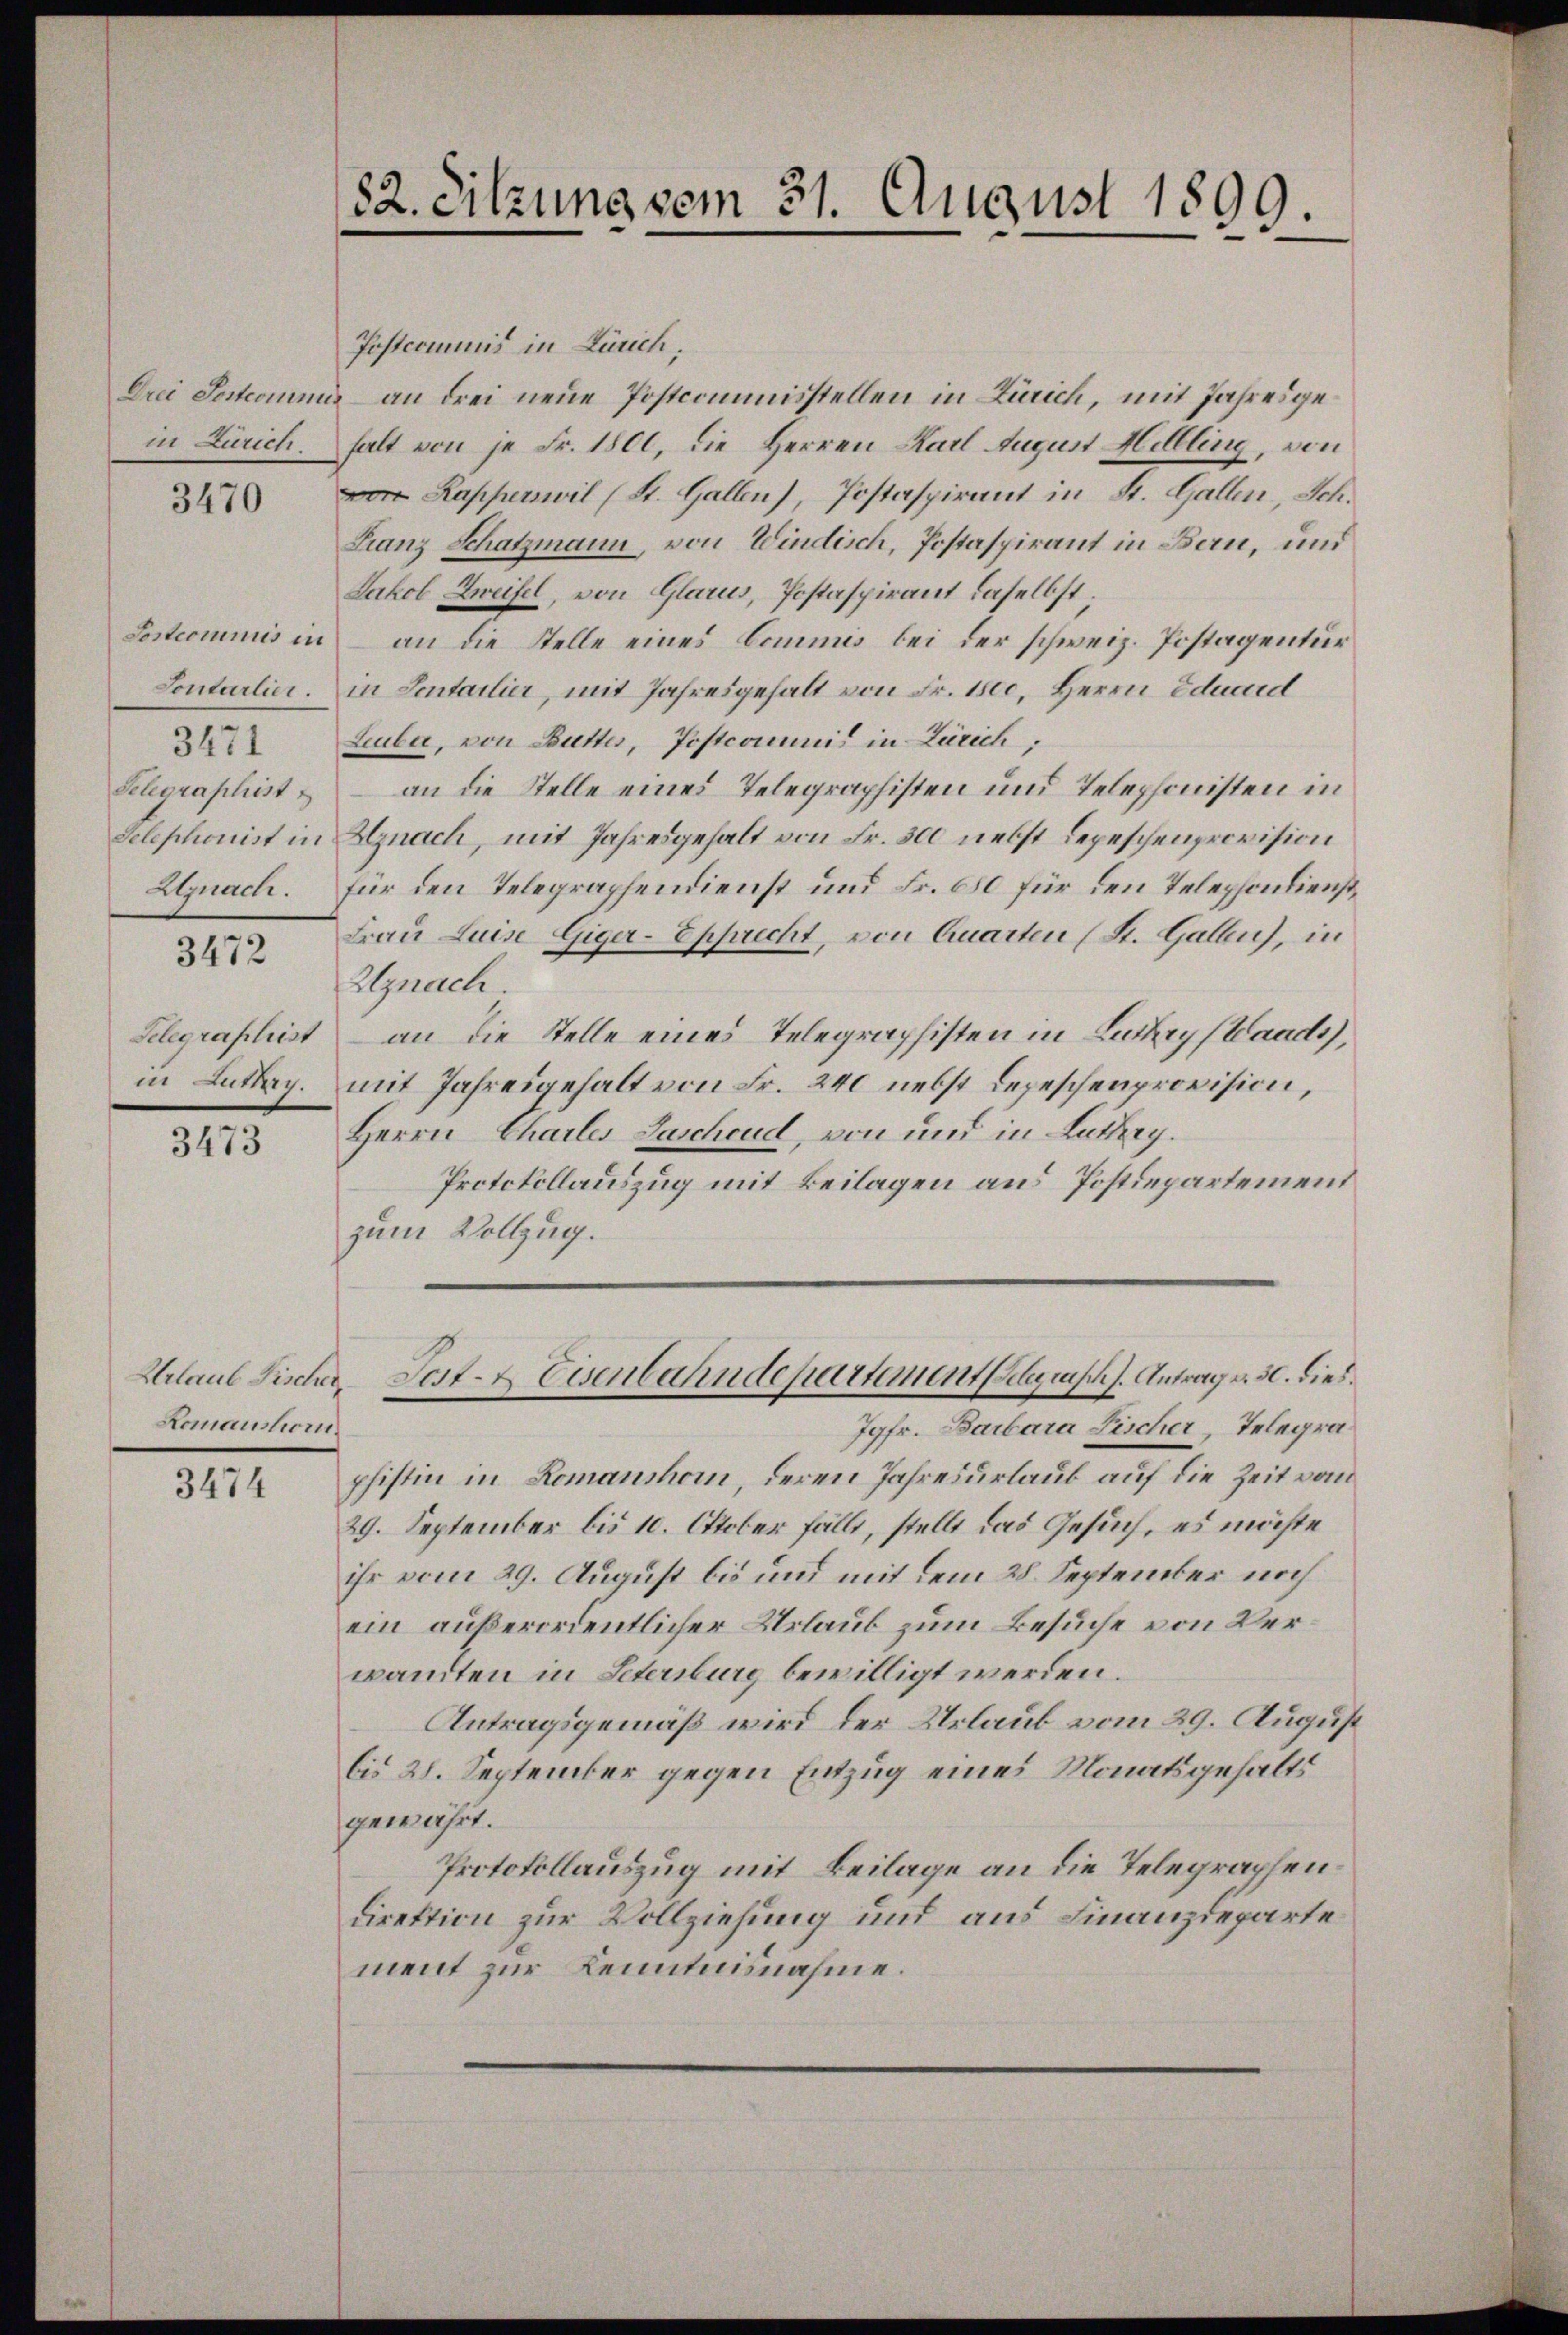
Drei Pestcommu
in Zürich

3470

Sosteriums in
Sontarlier.
3471
Schgraphist
Telephonist in
ZGgnach.

3472

Selegraphist
in Lutry.

3473

Urlaub Fischer
Romanshorn.

3474

Postcommis in Zürich;

82. Sitzung vom 31. August 1899.

an drei neue Postcommisstellen in Zürich, mit Jahresgehalt von je Fr. 1800, die Herren Karl August Hettling, von
 Rapperswil (St. Gallen), Postaspirant in St. Gallen, Sch.
Franz Schatzmann, von Windisch, Postaspirant in Bau, und
Jakob Zweifel, von Glarus, Postaspirant daselbst;
an die Stelle eines Commis bei der schweiz. Postagentur
in Sentarlier, mit Jahresgehalt von Fr. 1500, Herrn Eduard
Leuber, von Butter, Postcomunis in Zürich;
an die Stelle eines Telegraphisten und Telephonisten in
Hnach, mit Jahresgehalt von Fr. 300 nebst Depeschenprovision
für den Telegraphendienst und Fr. 650 für den Telephondienst,
Frau Luise Giger-Epprecht, von Quarten (St. Gallen), in
Uznach.
an die Stelle eines Telegraphisten in Luthey (Waadt,
mit Jahresgehalt von Fr. 240 nebst Depeschenprovision,
Herrn Chartes Laschend, von und in Luthey.
Protokollauszug mit Beilagen aus Postdepartement
zum Vollzug.
Tat. Eisenbahndepartement eynisch. Antrag v. 30. dies
Jgfr. Barbara Fischer Telegra
phistin in Romanshorn, deren Jahresurlaub auf die Zeit vom
29. September bis 10. Oktober fällt, stellt das Gesuch, es möchte
ihr vom 29. August bis und mit dem 28. September noch
ein außerordentlicher Urlaub zum Besuche von Verwandten in Scheriburg bewilligt werden.
Antragsgemäß wird der Urlaub vom 29. August
bis 28. September gegen Entzug eines Monatsgehalts
gewährt.
Protokollauszug mit Beilage an die Telegraphendirektion zur Vollziehung und aus Finanzdeparte
ment zur Kenntnisnahme.